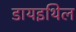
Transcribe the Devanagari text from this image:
डायइथिल